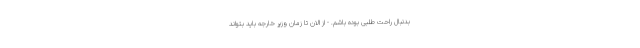
بدنبال راحت طلبی بوده باشم. - از الان تا زمان وزیر خارجه باید بتواند